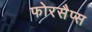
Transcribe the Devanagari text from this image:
फोरसैप्स